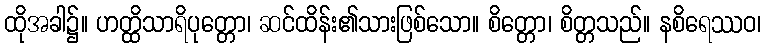
ထိုအခါ၌။ ဟတ္ထိသာရိပုတ္တော၊ ဆင်ထိန်း၏သားဖြစ်သော။ စိတ္တော၊ စိတ္တသည်။ နစိရေဿဝ၊